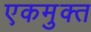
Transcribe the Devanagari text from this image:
एकमुक्त